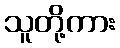
သူတို့ကား